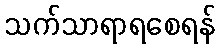
သက်သာရာရစေရန်